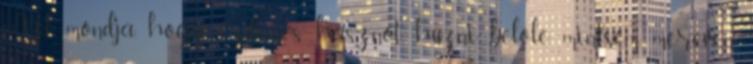
Azt mondja, hogy érdemes hasznot húzni belőle, mintsem mereven